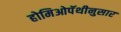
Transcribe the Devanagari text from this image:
होमिओपॅथीनुसार